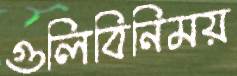
গুলিবিনিময়